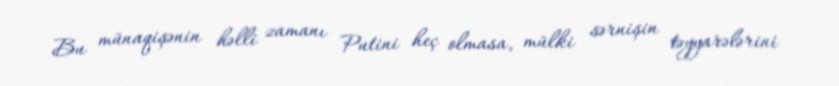
Bu münaqişənin həlli zamanı Putini heç olmasa, mülki sərnişin təyyarələrini